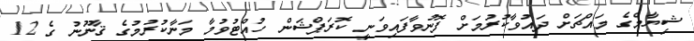
ޝިޔާމްގެ މައްޗަށް ދައުވާކުރުމަށް ފޮނުވާފައިވަނީ ކޮރަޕްޝަން ހުއްޓުވުމާ މަނާކުރުމުގެ ޤާނޫނު ގެ 12